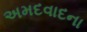
અમદવાદના